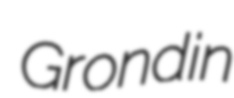
Grondin